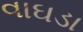
વાઘડા